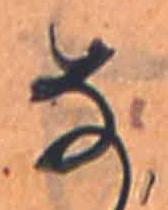
な